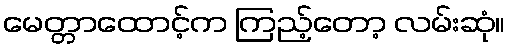
မေတ္တာထောင့်က ကြည့်တော့ လမ်းဆုံ။